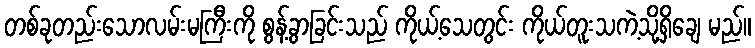
တစ်ခုတည်းသောလမ်းမကြီးကို စွန့်ခွာခြင်းသည် ကိုယ့်သေတွင်း ကိုယ်တူးသကဲ့သို့ရှိချေ မည်။